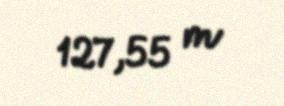
127,55 m